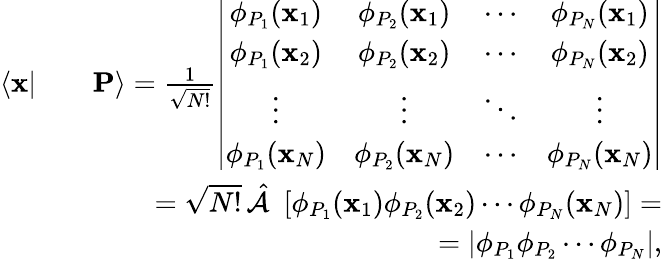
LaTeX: \begin{array}{rlr}{\langle\mathbf{x}|}&{}&{\mathbf{P}\rangle=\frac{1}{\sqrt{N!}}\left|\begin{array}{cccc}{\phi_{P_{1}}(\mathbf{x}_{1})}&{\phi_{P_{2}}(\mathbf{x}_{1})}&{\cdots}&{\phi_{P_{N}}(\mathbf{x}_{1})}\\ {\phi_{P_{1}}(\mathbf{x}_{2})}&{\phi_{P_{2}}(\mathbf{x}_{2})}&{\cdots}&{\phi_{P_{N}}(\mathbf{x}_{2})}\\ {\vdots}&{\vdots}&{\ddots}&{\vdots}\\ {\phi_{P_{1}}(\mathbf{x}_{N})}&{\phi_{P_{2}}(\mathbf{x}_{N})}&{\cdots}&{\phi_{P_{N}}(\mathbf{x}_{N})}\end{array}\right|}\\ &{}&{=\sqrt{N!}\, \hat{\mathcal{A}}\, \, \left[\phi_{P_{1}}(\mathbf{x}_{1})\phi_{P_{2}}(\mathbf{x}_{2})\cdots\phi_{P_{N}}(\mathbf{x}_{N})\right]=}\\ &{}&{=\left|\phi_{P_{1}}\phi_{P_{2}}\cdots\phi_{P_{N}}\right|,}\end{array}